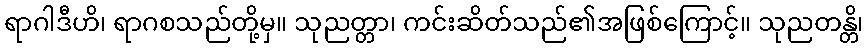
ရာဂါဒီဟိ၊ ရာဂစသည်တို့မှ။ သုညတ္တာ၊ ကင်းဆိတ်သည်၏အဖြစ်ကြောင့်။ သုညတန္တိ၊